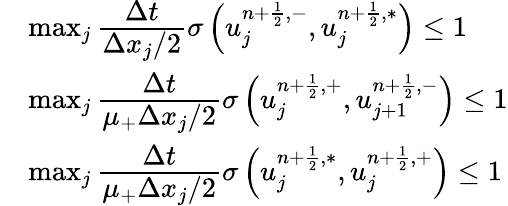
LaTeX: \begin{array}{rl}&{\operatorname*{max}_{j}\cfrac{\Delta t}{\Delta x_{j}/2}\sigma\left(u_{j}^{n+\frac{1}{2},-},u_{j}^{n+\frac{1}{2},\ast}\right)\leq 1}\\ &{\operatorname*{max}_{j}\cfrac{\Delta t}{\mu_{+}\Delta x_{j}/2}\sigma\left(u_{j}^{n+\frac{1}{2},+},u_{j+1}^{n+\frac{1}{2},-}\right)\leq 1}\\ &{\operatorname*{max}_{j}\cfrac{\Delta t}{\mu_{+}\Delta x_{j}/2}\sigma\left(u_{j}^{n+\frac{1}{2},\ast},u_{j}^{n+\frac{1}{2},+}\right)\leq 1}\end{array}